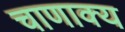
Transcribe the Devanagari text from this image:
चाणाक्य